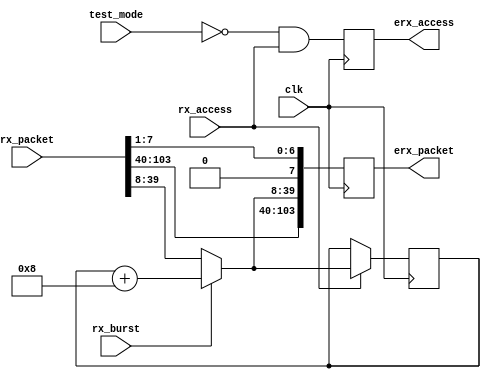
module erx_protocol (/*AUTOARG*/
   // Outputs
   erx_access, erx_packet,
   // Inputs
   clk, test_mode, rx_packet, rx_burst, rx_access
   );

   parameter AW   = 32;
   parameter DW   = 32;
   parameter PW   = 104;
   parameter ID   = 12'h999; //link id
   
   // System reset input
   input           clk;

   //test mode
   input 	   test_mode; //block all traffic in test mode
   
   // Parallel interface, 8 eLink bytes at a time
   
   input [PW-1:0]  rx_packet;
   input 	   rx_burst;
   input 	   rx_access;
   
   // Output to MMU / filter
   output          erx_access;
   output [PW-1:0] erx_packet;

   //wires
   reg [31:0] 	   dstaddr_reg;   
   wire [31:0] 	   dstaddr_next;
   wire [31:0] 	   dstaddr_mux;
   reg 		   erx_access;
   reg [PW-1:0]    erx_packet;
   wire [31:0] 	   rx_addr;
   
   //parsing inputs
   assign        rx_addr[31:0]  = rx_packet[39:8];
   
   //Address generator for bursting
   always @ (posedge clk)
     if(rx_access)
       dstaddr_reg[31:0]    <= dstaddr_mux[31:0];

   assign dstaddr_next[31:0] = dstaddr_reg[31:0] + 4'b1000;
   
   assign dstaddr_mux[31:0]  =  rx_burst ? dstaddr_next[31:0] :
			                   rx_addr[31:0];
                  
   //Pipeline stage and decode  
   
   always @ (posedge clk)
     begin
	  //Write/read request
	  erx_access          <= ~test_mode & rx_access;      	  
	  //Common packet
	  erx_packet[PW-1:0]  <= {rx_packet[PW-1:40],
				  dstaddr_mux[31:0],
				  {1'b0,rx_packet[7:1]} //NOTE: remvoing redundant access packet bit
				  };                    //This is to conform to new format	 
     end
     
endmodule